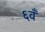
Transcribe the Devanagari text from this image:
६वँ